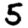
Digit: 5